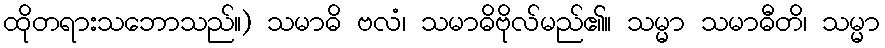
ထိုတရားသဘောသည်။) သမာဓိ ဗလံ၊ သမာဓိဗိုလ်မည်၏။ သမ္မာ သမာဓီတိ၊ သမ္မာ